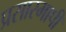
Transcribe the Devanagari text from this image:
प्रसारमापी